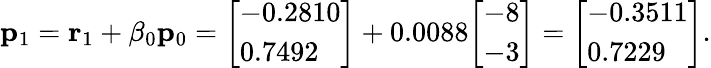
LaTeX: \mathbf{p}_{1}=\mathbf{r}_{1}+\beta_{0}\mathbf{p}_{0}={\left[\begin{array}{l}{-0.2810}\\ {0.7492}\end{array}\right]}+0.0088{\left[\begin{array}{l}{-8}\\ {-3}\end{array}\right]}={\left[\begin{array}{l}{-0.3511}\\ {0.7229}\end{array}\right]}.